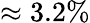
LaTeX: \approx 3.2\%